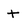
Character: t